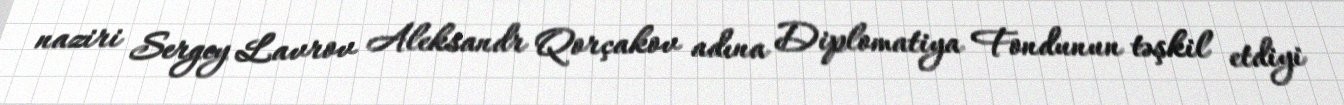
naziri Sergey Lavrov Aleksandr Qorçakov adına Diplomatiya Fondunun təşkil etdiyi